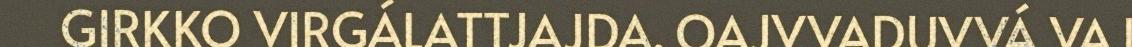
GIRKKO VIRGÁLATTJAJDA. OAJVVADUVVÁ VAJ